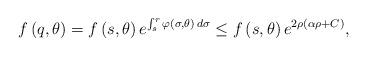
LaTeX: \begin{align*}f\left(q,\theta\right)=f\left(s,\theta\right)e^{\int_{s}^r \varphi\left(\sigma,\theta\right)\,d\sigma}\leq f\left(s,\theta\right)e^{2\rho \left(\alpha\rho +C\right)},\end{align*}